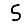
Digit: 5